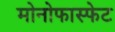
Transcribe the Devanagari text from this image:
मोनोफास्फेट